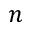
n